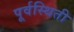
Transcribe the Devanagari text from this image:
पूर्वस्थिती